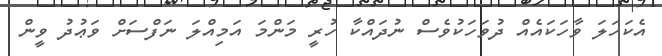
އެކަހަލަ ވާހަކައެއް ދުވަހަކުވެސް ނުދައްކާ ހުރީ މަންމަ އަމިއްލަ ނަފްސަށް ވަޢުދު ވީން